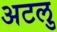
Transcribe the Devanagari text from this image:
अटलु